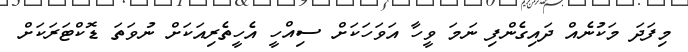
މިފަދަ މަކުނެއް ދައިގެންފި ނަމަ ވީހާ އަވަހަކަށް ސިއްހީ އެހީތެރިއަކަށް ނުވަތަ ޑޮކްޓަރަކަށް